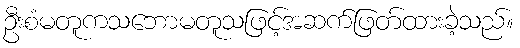
ဦးစံမတူကသဘောမတူသဖြင့်အဆက်ဖြတ်ထားခဲ့သည်။